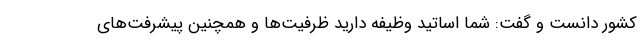
کشور دانست و گفت: شما اساتید وظیفه دارید ظرفیت‌ها و همچنین پیشرفت‌های